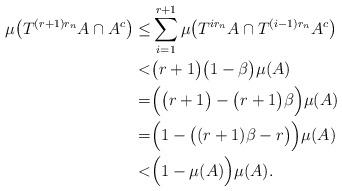
LaTeX: \begin{align*}\mu \big( T^{(r+1)r_n}A \cap A^c \big) \leq& \sum_{i=1}^{r+1} \mu \big( T^{ir_n}A \cap T^{(i-1)r_n} A^c \big) \\ <& \big( r+1 \big) \big( 1-\beta \big) \mu (A) \\ =& \Big( \big( r+1 \big) - \big( r+1 \big) \beta \Big) \mu(A) \\ =& \Big( 1 - \big( ( r+1) \beta - r \big) \Big) \mu(A) \\ <& \Big( 1 - \mu(A) \Big) \mu(A) . \end{align*}